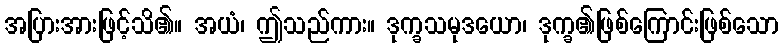
အပြားအားဖြင့်သိ၏။ အယံ၊ ဤသည်ကား။ ဒုက္ခသမုဒယော၊ ဒုက္ခ၏ဖြစ်ကြောင်းဖြစ်သော